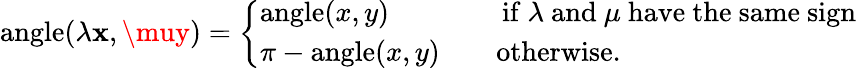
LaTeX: \operatorname{angle}(\lambda\mathbf{x},\muy)={\left\{ \begin{array}{ll}{\operatorname{angle}(x,y)\qquad\qquad{\mathrm{if~}}\lambda{\mathrm{~and~}}\mu{\mathrm{~have~the~same~sign}}}\\ {\pi-\operatorname{angle}(x,y)\qquad{\mathrm{otherwise}}.}\end{array}\right.}